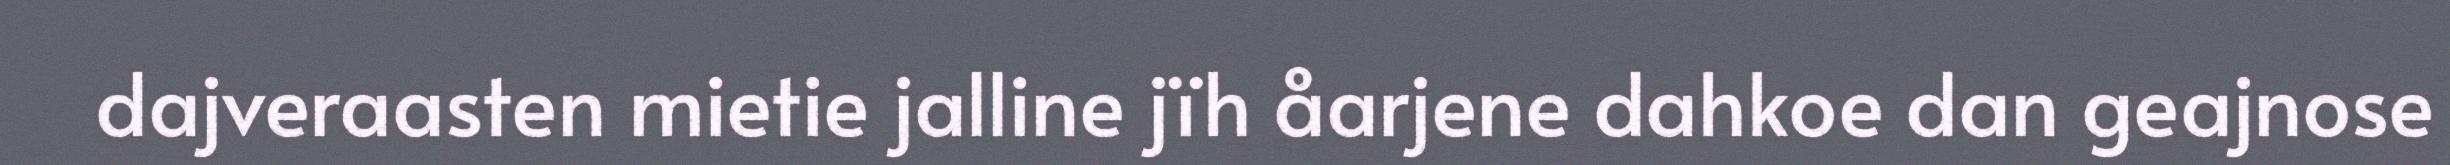
dajveraasten mietie jalline jïh åarjene dahkoe dan geajnose